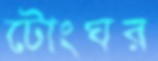
টোংঘর